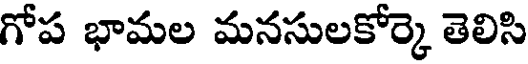
గోప భామల మనసులకోర్కె తెలిసి